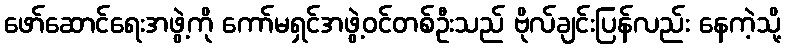
ဖော်ဆောင်ရေးအဖွဲ့ကို ကော်မရှင်အဖွဲ့ဝင်တစ်ဦးသည် ဗိုလ်ချင်းပြန်လည်း နေကဲ့သို့